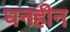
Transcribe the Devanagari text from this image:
घनहीन